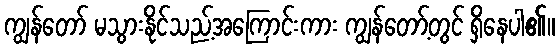
ကျွန်တော် မသွားနိုင်သည့်အကြောင်းကား ကျွန်တော့်တွင် ရှိနေပါ၏။